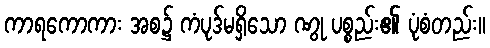
ကာရကောကား အစ၌ ကံပုဒ်မရှိသော ဏွု ပစ္စည်း၏ ပုံစံတည်း။